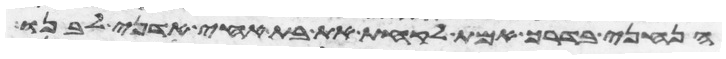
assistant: הנחני בדרך אמת לקחת את בת אחי אדני לבנו